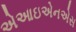
એઆઇએનએસ